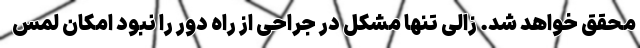
محقق خواهد شد. زالی تنها مشکل در جراحی از راه دور را نبود امکان لمس